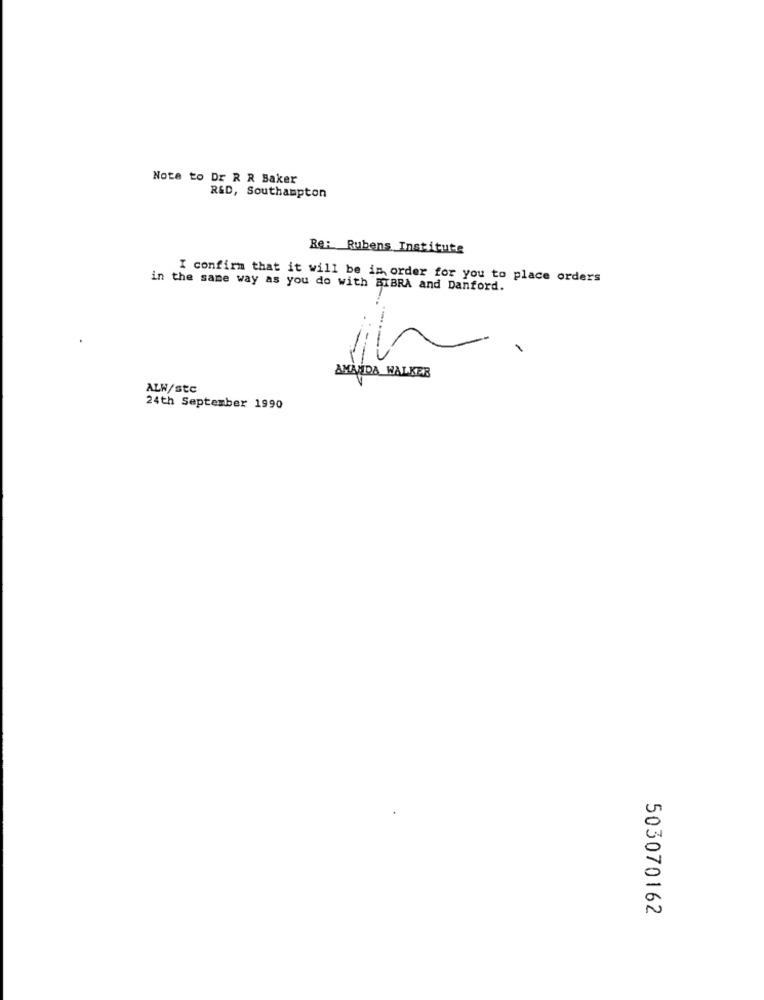
Note to Dr R R Baker
R&D, Southampton
Re: Rubens Institute
I confirm that it will be in order for you to place orders
in the same way as you do with BXBRA and Danford.
AMANIDA WALKER
ALW/stc
24th September 1990
503070162